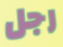
رجل